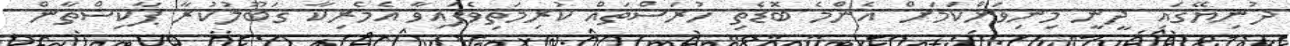
ދުނިޔޭގައި ދީނީ މިނިވަންކަމަށް އެންމެ ބޮޑެތި ހުރަސްތައް ކުރިމަތިވެފައިވާ އެމެރިކާ ގަބޫލުކުރާ ޕާކިސްތާން